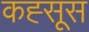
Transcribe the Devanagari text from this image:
कह्सूस